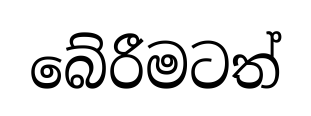
බේරීමටත්